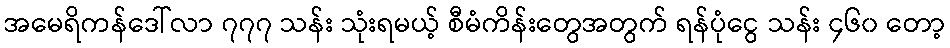
အမေရိကန်ဒေါ်လာ ၇၇၇ သန်း သုံးရမယ့် စီမံကိန်းတွေအတွက် ရန်ပုံငွေ သန်း ၄၆၀ တော့